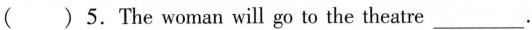
( ) 5.The woman will go to the theatre ___ .